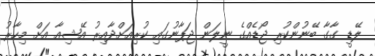
ލޭޑީ ގާގާ ބޭނުންކުރި ޖޯޑެއްގެ ނީލަން ޖަޕާނުގައި ކުރިއަށްދާއިރު އޭޝިއާ އަށް މިހާރު